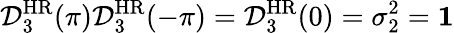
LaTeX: \mathcal{D}_{3}^{\mathrm{HR}}(\pi)\mathcal{D}_{3}^{\mathrm{HR}}(-\pi)=\mathcal{D}_{3}^{\mathrm{HR}}(0)=\sigma_{2}^{2}={\mathbf 1}